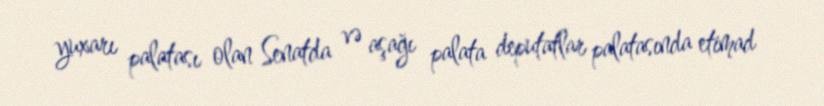
yuxarı palatası olan Senatda və aşağı palata deputatlar palatasında etimad